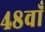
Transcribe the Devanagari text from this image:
४८वाँ